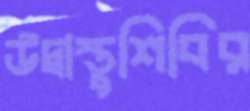
উদ্বাস্তুশিবির